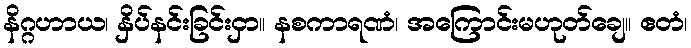
နိဂ္ဂဟာယ၊ နှိပ်နင်းခြင်းငှာ။ နစကာရဏံ၊ အကြောင်းမဟုတ်ချေ။ ဧတံ၊